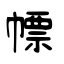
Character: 幖